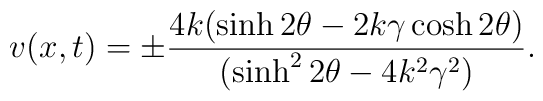
v(x,t)=\pm \frac{4k(\sinh 2\theta-2k\gamma \cosh 2\theta)} {(\sinh^{2} 2\theta -4k^2 \gamma^{2})}.